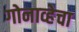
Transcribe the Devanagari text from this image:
गोनाव्हेचा